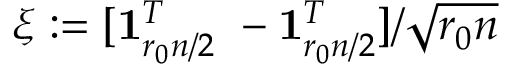
\xi : = [ \mathbf { 1 } _ { r _ { 0 } n / 2 } ^ { T } ~ - \mathbf { 1 } _ { r _ { 0 } n / 2 } ^ { T } ] / \sqrt { r _ { 0 } n }